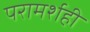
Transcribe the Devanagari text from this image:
परामर्शही